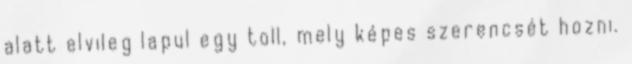
alatt elvileg lapul egy toll, mely képes szerencsét hozni.